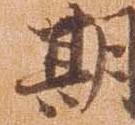
期